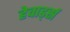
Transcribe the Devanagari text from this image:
हेवार्ड्स